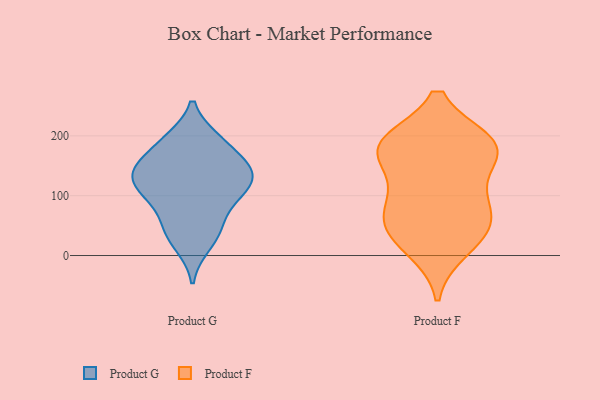
{"axis": {"x": "Shipments", "y": "Value"}, "legend": ["Product F", "Product G"], "data": [{"x": "", "y": 112, "type": "Product G"}, {"x": "", "y": 144, "type": "Product G"}, {"x": "", "y": 142, "type": "Product G"}, {"x": "", "y": 52, "type": "Product G"}, {"x": "", "y": 46, "type": "Product G"}, {"x": "", "y": 195, "type": "Product G"}, {"x": "", "y": 121, "type": "Product G"}, {"x": "", "y": 194, "type": "Product G"}, {"x": "", "y": 94, "type": "Product G"}, {"x": "", "y": 104, "type": "Product G"}, {"x": "", "y": 159, "type": "Product G"}, {"x": "", "y": 147, "type": "Product G"}, {"x": "", "y": 16, "type": "Product G"}, {"x": "", "y": 95, "type": "Product F"}, {"x": "", "y": 66, "type": "Product F"}, {"x": "", "y": 162, "type": "Product F"}, {"x": "", "y": 175, "type": "Product F"}, {"x": "", "y": 28, "type": "Product F"}, {"x": "", "y": 106, "type": "Product F"}, {"x": "", "y": 185, "type": "Product F"}, {"x": "", "y": 11, "type": "Product F"}, {"x": "", "y": 188, "type": "Product F"}, {"x": "", "y": 52, "type": "Product F"}, {"x": "", "y": 188, "type": "Product F"}, {"x": "", "y": 186, "type": "Product F"}, {"x": "", "y": 55, "type": "Product F"}]}